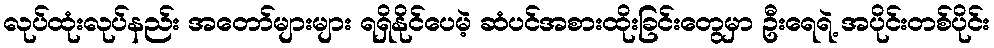
လုပ်ထုံးလုပ်နည်း အတော်များများ ရရှိနိုင်ပေမဲ့ ဆံပင်အစားထိုးခြင်းတွေမှာ ဦးရေရဲ့ အပိုင်းတစ်ပိုင်း